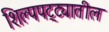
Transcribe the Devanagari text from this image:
शिल्पपट्ट्यातील